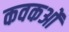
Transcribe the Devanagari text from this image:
कवकओं